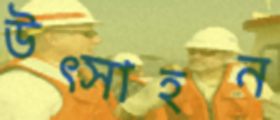
উত্সাহন